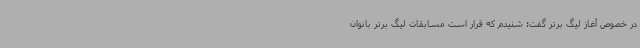
در خصوص آغاز لیگ برتر گفت: شنیدم که قرار است مسابقات لیگ برتر بانوان